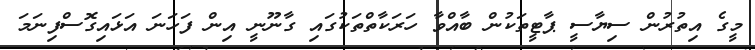
މީގެ އިތުރުން ސިޔާސީ ޕާޓީތަކުން ބާއްވާ ހަރަކާތްތަކުގައި ގާނޫނީ އިން ފަހަނަ އަޅައިގޮސްފިނަމަ